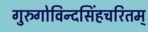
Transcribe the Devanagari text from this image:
गुरुगोविन्दसिंहचरितम्